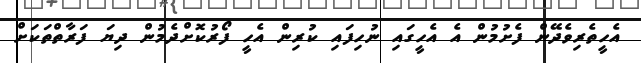
އެހީތެރިވެދޭން ފެށުމުން އެ އެހީގައި ނުހިފައި ކުރިން އެހީ ފޯރުކޮށްދެމުން ދިޔަ ފަރާތްތަކަށް